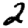
Digit: 2